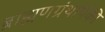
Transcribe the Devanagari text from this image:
ब्राह्मणग्रंथांपैकी